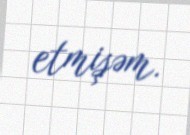
etmişəm.